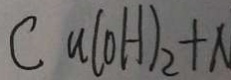
C a ( O H ) _ { 2 } + N